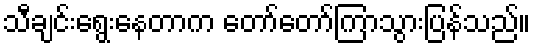
သီချင်းရွေးနေတာက တော်တော်ကြာသွားပြန်သည်။